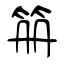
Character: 笧